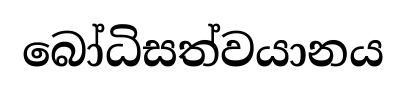
බෝධිසත්වයානය